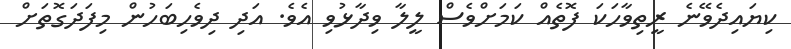
ކިޔައިދެވޭނެ ރީތިވާހަކަ ފޮތެއް ކަމަށްވެސް ލީލާ ވިދާޅުވި އެވެ. އަދި ދިވެހިބަހުން މިފަދަގޮތަށް